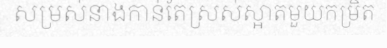
សម្រស់នាងកាន់តែស្រស់ស្អាតមួយកម្រិត